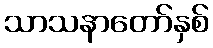
သာသနာတော်နှစ်